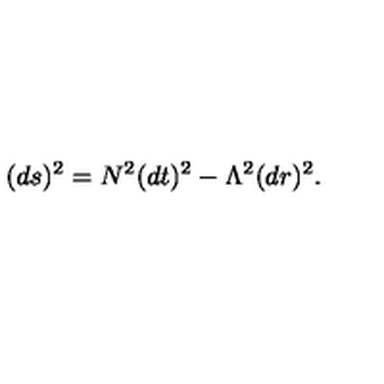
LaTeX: ( d s ) ^ { 2 } = N ^ { 2 } ( d t ) ^ { 2 } - \Lambda ^ { 2 } ( d r ) ^ { 2 } .